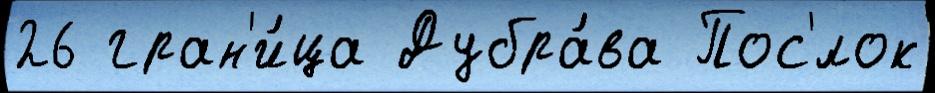
26 гран'и́ца Дубра́ва Пос'́лок